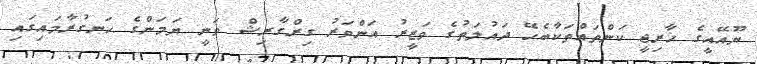
ޔޫއޭއީގެ ޚާރިޖީ ކަންތައްތަކާބެހޭ ދައުލަތުގެ ވަޒީރު އަންވަރު ގިރްގާރިޝް ވަނީ ޔަމަންގެ ހަނގުރާމައިގައި